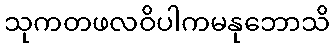
သုကတဖလဝိပါကမနုဘောသိ